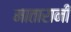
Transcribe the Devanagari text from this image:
मातारानी